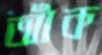
আঁক